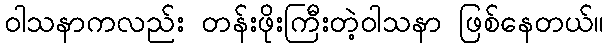
ဝါသနာကလည်း တန်းဖိုးကြီးတဲ့ဝါသနာ ဖြစ်နေတယ်။